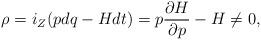
LaTeX: \begin{align*}\rho=i_Z(pdq-Hdt)=p\frac{\partial H}{\partial p}-H\ne 0,\end{align*}